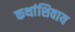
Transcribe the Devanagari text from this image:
कथांशिवाय